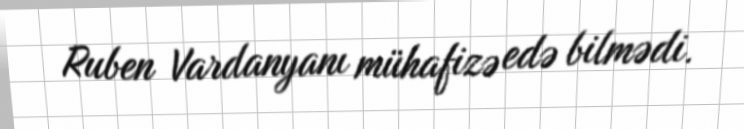
Ruben Vardanyanı mühafizə edə bilmədi.